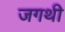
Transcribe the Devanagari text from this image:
जगथी